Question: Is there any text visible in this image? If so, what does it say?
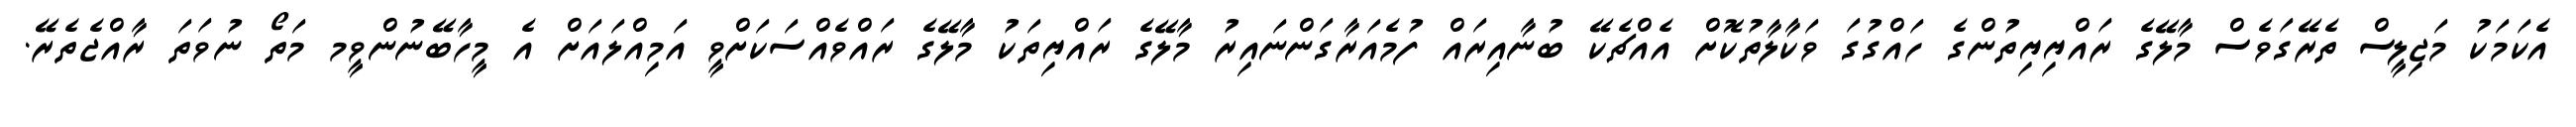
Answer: އެކަމަކު މަޖިލީސް ތެރޭގަވެސް މާލޭގެ ރައްޔިޔިތުންގެ ހައްގުގަ ވަކާލާތުކޮށް އެއްޗެކޭ ބުނާއިރައް ފުމެއަރާގަންނައިރު މާލޭގެ ރައްޔިތަކު މާލޭގެ ރައްވެއްސަކަށްވީ އަމިއްލައަށް އެ މީހާބޭނުންވީމ މަތޯ ނުވަތަ ރާއްޖެތެރޭ.